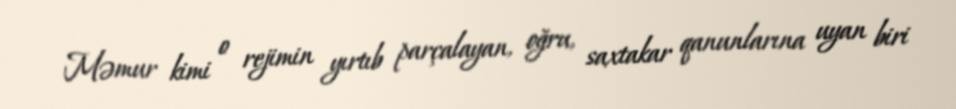
Məmur kimi o rejimin yırtıb parçalayan, oğru, saxtakar qanunlarına uyan biri